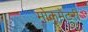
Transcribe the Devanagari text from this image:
मोकुमेंटरी